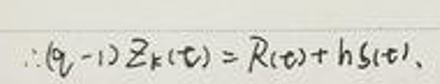
\[\therefore (q - 1) Z_{k}(t)=R(t)+h S(t)\]